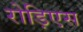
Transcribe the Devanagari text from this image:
रोड़िएस